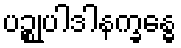
ပဉ္စုပါဒါနက္ခန္ဓေ